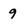
Character: 9